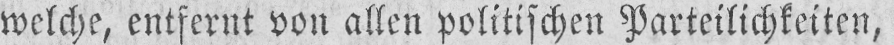
welche, entfernt von allen politischen Parteilichkeiten,